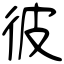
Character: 彼